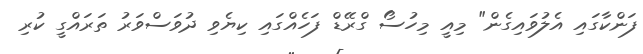
ފަންކާގައި އެލުވައިގެން" މިއީ މިހުސޯ ގްރޭޑް ފަހެއްގައި ކިޔެވި ދުވަސްވަރު ތަރައްގީ ކުރި